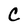
Character: C